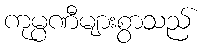
ကုမ္ပဏီများစွာသည်